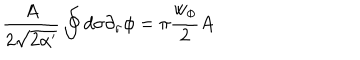
\frac { A } { 2 \sqrt { 2 \alpha ^ { \prime } } } \oint d \sigma \partial _ { \sigma } \phi = \pi \frac { w _ { \phi } } { 2 } A